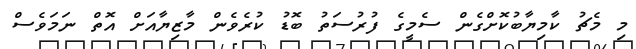
މި މެޗު ކާމިޔާބުކޮށްގެން ސެމީގެ ފުރުސަތު ބޮޑު ކުރެވެން މާޒިޔާއަށް އޮތް ނަމަވެސް